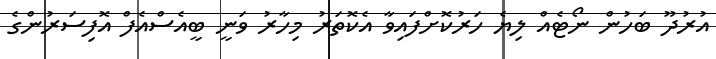
އުރުދޫ ބަހުން ނޯޓެއް ލިޔެ ހަރުކޮށްފައިވާ އެކޮތަރު މިހާރު ވަނީ ބީއެސްއެފް އޮފިސަރުންގެ